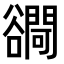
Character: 𧯓